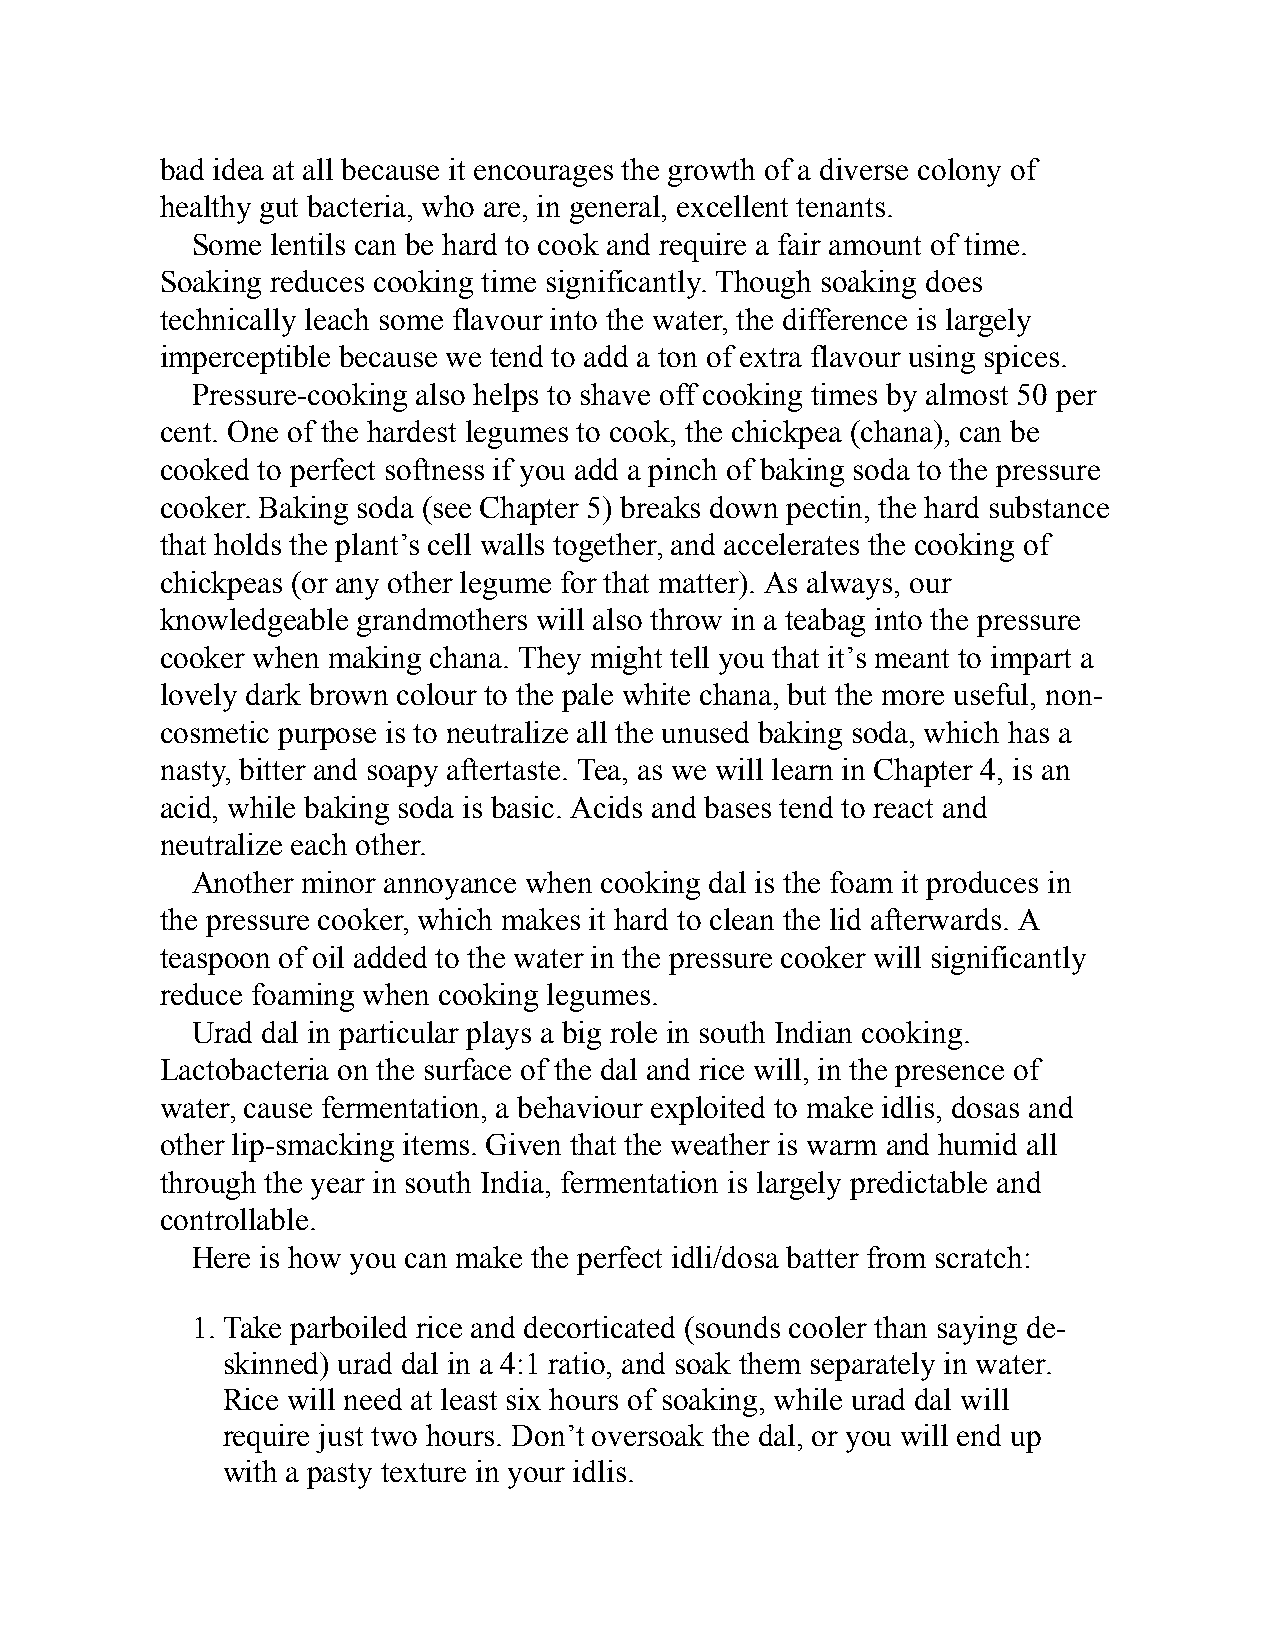
bad idea at all because it encourages the growth of a diverse colony of
 healthy gut bacteria, who are, in general, excellent tenants.
 Some lentils can be hard to cook and require a fair amount of time.
 Soaking reduces cooking time significantly. Though soaking does
 technically leach some flavour into the water, the difference is largely
 imperceptible because we tend to add a ton of extra flavour using spices.
 Pressure-cooking also helps to shave off cooking times by almost 50 per
 cent. One of the hardest legumes to cook, the chickpea (chana), can be
 cooked to perfect softness if you add a pinch of baking soda to the pressure
 cooker. Baking soda (see Chapter 5) breaks down pectin, the hard substance
 that holds the plant’s cell walls together, and accelerates the cooking of
 chickpeas (or any other legume for that matter). As always, our
 knowledgeable grandmothers will also throw in a teabag into the pressure
 cooker when making chana. They might tell you that it’s meant to impart a
 lovely dark brown colour to the pale white chana, but the more useful, non-
 cosmetic purpose is to neutralize all the unused baking soda, which has a
 nasty, bitter and soapy aftertaste. Tea, as we will learn in Chapter 4, is an
 acid, while baking soda is basic. Acids and bases tend to react and
 neutralize each other.
 Another minor annoyance when cooking dal is the foam it produces in
 the pressure cooker, which makes it hard to clean the lid afterwards. A
 teaspoon of oil added to the water in the pressure cooker will significantly
 reduce foaming when cooking legumes.
 Urad dal in particular plays a big role in south Indian cooking.
 Lactobacteria on the surface of the dal and rice will, in the presence of
 water, cause fermentation, a behaviour exploited to make idlis, dosas and
 other lip-smacking items. Given that the weather is warm and humid all
 through the year in south India, fermentation is largely predictable and
 controllable.
 Here is how you can make the perfect idli/dosa batter from scratch:
 1. Take parboiled rice and decorticated (sounds cooler than saying de-
 skinned) urad dal in a 4:1 ratio, and soak them separately in water.
 Rice will need at least six hours of soaking, while urad dal will
 require just two hours. Don’t oversoak the dal, or you will end up
 with a pasty texture in your idlis.